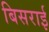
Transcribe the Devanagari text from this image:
बिसराई